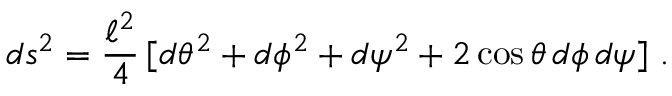
d s ^ { 2 } = { \frac { \ell ^ { 2 } } { 4 } } \, [ d \theta ^ { 2 } + d \phi ^ { 2 } + d \psi ^ { 2 } + 2 \cos \theta \, d \phi \, d \psi ] \ .